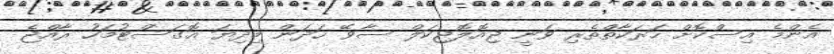
އެންމެ އިސްކޮށް ހަރަކާތްތެރި ވަނީ ޖިއޮލޮޖިކަލް ސާވޭ ހަދަން މިދިޔަ އޮގަސްޓުމަހު ރާއްޖެ